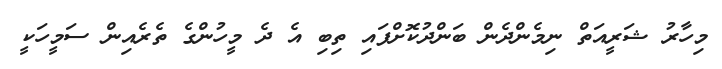
މިހާރު ޝަރީއަތް ނިމެންދެން ބަންދުކޮށްފައި ތިބި އެ ދެ މީހުންގެ ތެރެއިން ސަމީހަކީ